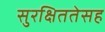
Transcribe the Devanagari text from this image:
सुरक्षिततेसह